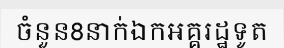
ចំនួន8នាក់ឯកអគ្គរដ្ឋទូត